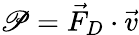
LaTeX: \mathscr{P}=\vec{F}_{D}\cdot\vec{v}